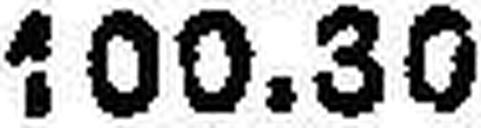
100.30